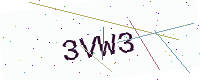
Text: 3VW3